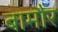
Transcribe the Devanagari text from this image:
बामौर